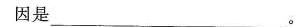
因是___。